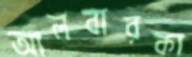
আলবারকা